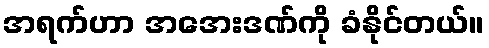
အရက်ဟာ အအေးဒဏ်ကို ခံနိုင်တယ်။